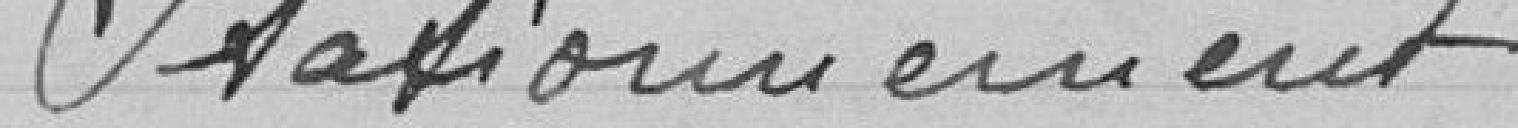
Les paniers, cuvelots, corbeilles, etc occupant un emplacement